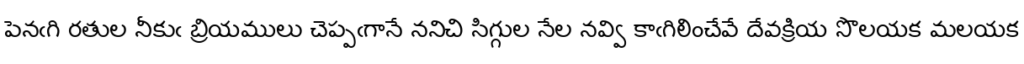
పెనఁగి రతుల నీకుఁ బ్రియములు చెప్పఁగానే ననిచి సిగ్గుల నేల నవ్వి కాఁగిలించేవే దేవక్రియ సొలయక మలయక